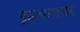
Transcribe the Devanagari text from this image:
पृष्ठभागवर